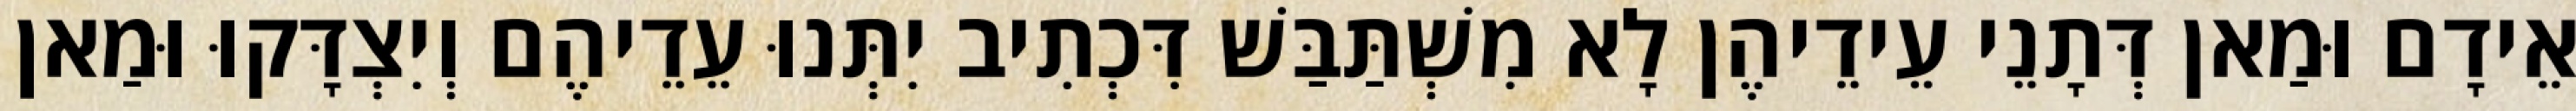
אֵידָם וּמַאן דְּתָנֵי עֵידֵיהֶן לָא מִשְׁתַּבַּשׁ דִּכְתִיב יִתְּנוּ עֵדֵיהֶם וְיִצְדָּקוּ וּמַאן